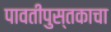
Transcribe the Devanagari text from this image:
पावतीपुस्तकाचा